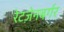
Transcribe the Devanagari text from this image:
रेटज़ेनबर्गर